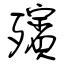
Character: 殯